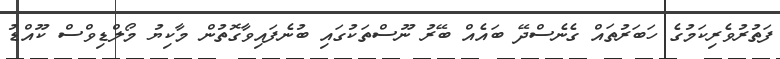
ފަތުރުވެރިކަމުގެ ހަބަރުތައް ގެނެސްދޭ ބައެއް ބޭރު ނޫސްތަކުގައި ބުނެފައިވާގޮތުން މާކިޔު މޯލްޑިވްސް ކޫއްޑު